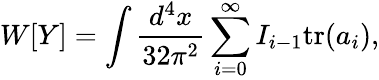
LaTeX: W[Y]=\int\frac{d^{4}x}{32\pi^{2}}\sum_{i=0}^{\infty}I_{i-1}\mathrm{tr}(a_{i}),